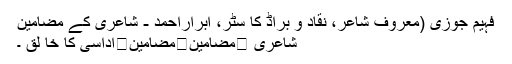
فہیم جوزی (معروف شاعر، نقاد و براڈ کا سٹر، ابراراحمد - شاعری کے مضامین
شاعری ⬅مضامین⬅مضامین⬅اداسی کا خا لق ۔